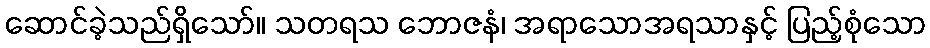
ဆောင်ခဲ့သည်ရှိသော်။ သတရသ ဘောဇနံ၊ အရာသောအရသာနှင့် ပြည့်စုံသော